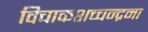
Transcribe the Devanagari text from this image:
विचाकशच्चन्द्रमा